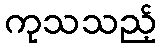
ကုသသည့်